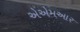
એએમઆર